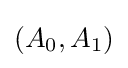
(A_{0},A_{1})